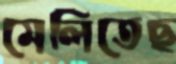
মেলিতেছ